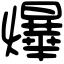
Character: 爗